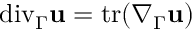
{ \mathop { \, \mathrm { d i v } } } _ { \Gamma } \mathbf u = \mathrm { t r } ( \nabla _ { \Gamma } \mathbf u )